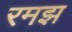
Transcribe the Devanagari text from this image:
रमझ